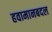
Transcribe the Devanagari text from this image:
हवामानबदल